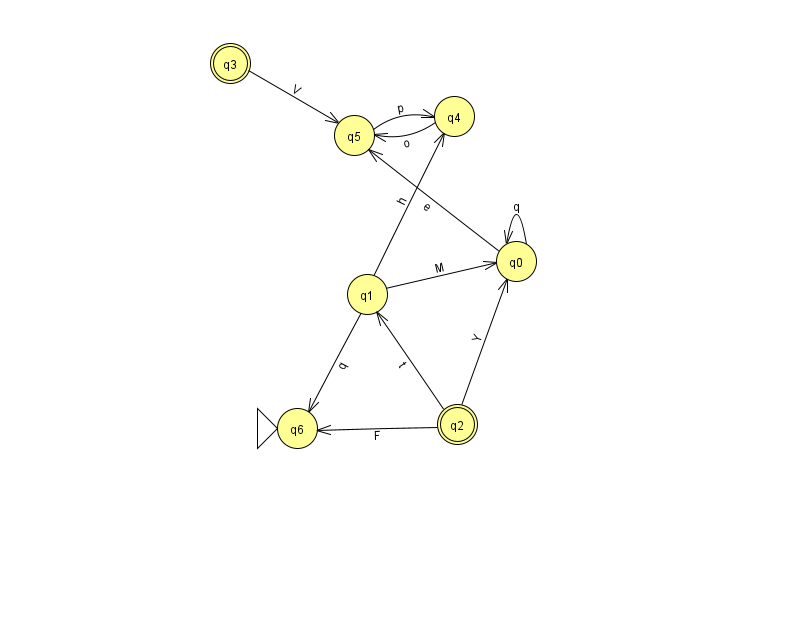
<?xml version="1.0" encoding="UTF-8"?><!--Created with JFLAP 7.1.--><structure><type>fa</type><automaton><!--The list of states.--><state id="0" name="q0"><x>516.0</x><y>248.0</y></state><state id="1" name="q1"><x>367.0</x><y>281.0</y></state><state id="2" name="q2"><x>457.0</x><y>411.0</y><final/></state><state id="3" name="q3"><x>230.0</x><y>50.0</y><final/></state><state id="4" name="q4"><x>454.0</x><y>103.0</y></state><state id="5" name="q5"><x>354.0</x><y>122.0</y></state><state id="6" name="q6"><x>297.0</x><y>415.0</y><initial/></state><!--The list of transitions.--><transition><from>0</from><to>0</to><read>q</read></transition><transition><from>0</from><to>5</to><read>e</read></transition><transition><from>2</from><to>1</to><read>t</read></transition><transition><from>3</from><to>5</to><read>V</read></transition><transition><from>5</from><to>4</to><read>p</read></transition><transition><from>4</from><to>5</to><read>o</read></transition><transition><from>1</from><to>4</to><read>h</read></transition><transition><from>1</from><to>6</to><read>q</read></transition><transition><from>2</from><to>6</to><read>F</read></transition><transition><from>2</from><to>0</to><read>Y</read></transition><transition><from>1</from><to>0</to><read>M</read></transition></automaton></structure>